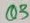
Text: Q3